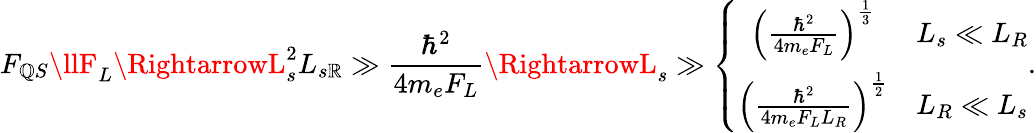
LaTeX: F_{\mathbb{Q}S}\llF_{L}\RightarrowL_{s}^{2}L_{s\mathbb{R}}\gg\frac{{\hbar^{2}}}{{4m_{e}F_{L}}}\RightarrowL_{s}\gg\left\{ \begin{array}{cc}{\left(\frac{\hbar^{2}}{4m_{e}F_{L}}\right)^{\frac{1}{3}}}&{L_{s}\ll L_{R}}\\ {\left(\frac{\hbar^{2}}{4m_{e}F_{L}L_{R}}\right)^{\frac{1}{2}}}&{L_{R}\ll L_{s}}\end{array}\right..